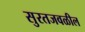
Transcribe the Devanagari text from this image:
सुरतजवळील